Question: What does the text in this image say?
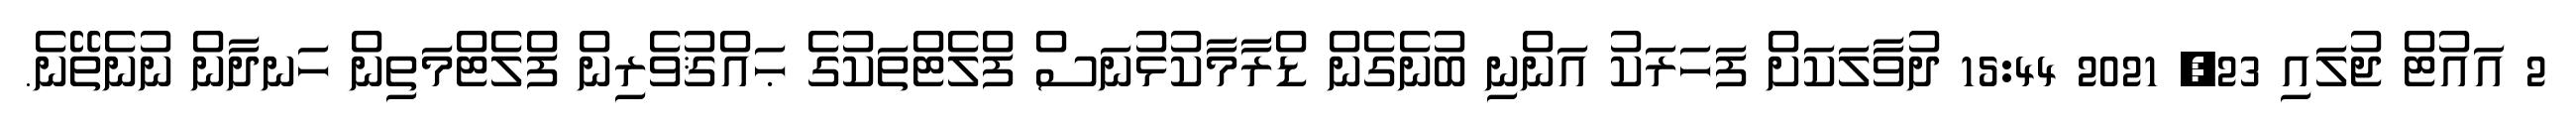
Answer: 2 އައުޓް ޖުލައި 23, 2021 15:44 ދުވާލަކަށް ފަހަރަކު އަންނި ބުނެގެން ޑްރާމާކުޅުނަސް ފްލެޓްތަކުގެ ޙައްޤުވެރިން ފްލެޓްމަތިން ހަނދާން ނުނެތޭނެ.